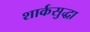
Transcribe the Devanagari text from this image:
शार्कसुद्धा